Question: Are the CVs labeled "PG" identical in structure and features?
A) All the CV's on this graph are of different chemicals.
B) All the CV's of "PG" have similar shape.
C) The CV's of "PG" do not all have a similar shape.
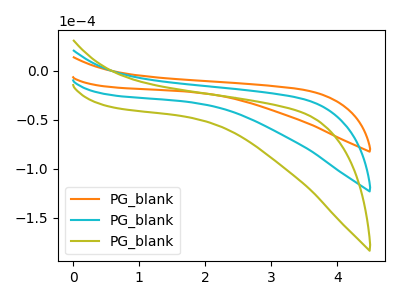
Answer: <think>The orange curve "PG_blank1" has no peaks. The cyan curve "PG_blank2" has no peaks. The olive curve "PG_blank3" has no peaks.
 Neither "PG_blank1" or "PG_blank2" have any peaks. Neither "PG_blank1" or "PG_blank3" have any peaks. Neither "PG_blank2" or "PG_blank3" have any peaks.</think>
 <answer>B) All the CV's of "PG" have similar shape.</answer>
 <eval>B</eval>